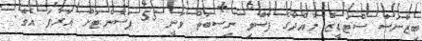
ބިޒްނަސް ސްޓަޑީޒް މާއްދާގެ ފާސްވި ނިސބަތް ވަނީ 55 ޕަސެންޓަށް އަރާފަ އެވެ.